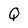
Character: Q